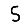
Digit: 5